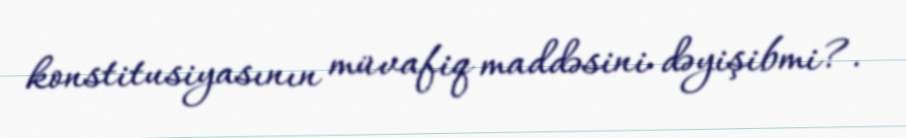
konstitusiyasının müvafiq maddəsini dəyişibmi?.